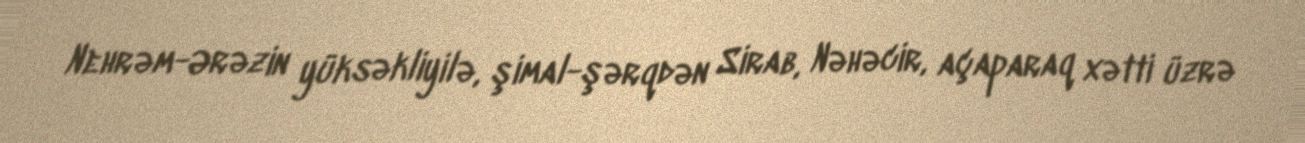
Nehrəm-Ərəzin yüksəkliyilə, şimal-şərqdən Sirab, Nəhəcir, açaparaq xətti üzrə